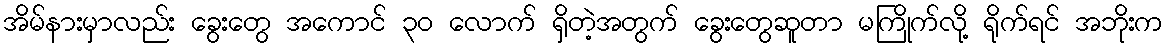
အိမ်နားမှာလည်း ခွေးတွေ အကောင် ၃၀ လောက် ရှိတဲ့အတွက် ခွေးတွေဆူတာ မကြိုက်လို့ ရိုက်ရင် အဘိုးက